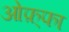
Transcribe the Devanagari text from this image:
ओफ़्फा